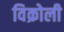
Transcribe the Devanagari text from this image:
विक्रोली